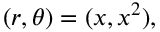
( r , \theta ) = ( x , x ^ { 2 } ) ,